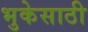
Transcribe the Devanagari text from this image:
भुकेसाठी